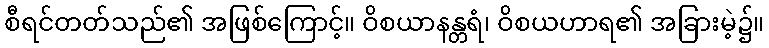
စီရင်တတ်သည်၏ အဖြစ်ကြောင့်။ ဝိစယာနန္တရံ၊ ဝိစယဟာရ၏ အခြားမဲ့၌။